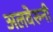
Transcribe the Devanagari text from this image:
अलवेरुनी